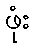
ဖုံး